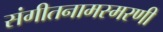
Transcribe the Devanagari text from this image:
संगीतनामस्मरणी